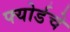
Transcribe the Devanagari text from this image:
फ्योर्डचे